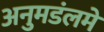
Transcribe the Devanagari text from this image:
अनुमडंलमे